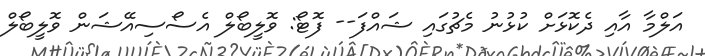
އަލްމާ އާއި ދެކޮޅަށް ކުޅުނު މެޗުގައި ޝައްފަ-- ފޮޓޯ: ވޮލީބޯލް އެސޯސިއޭޝަން ވޮލީބޯލް